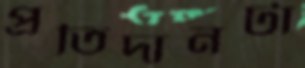
প্রতিদানটা